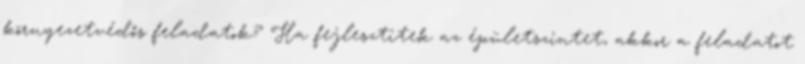
környezetvédős feladatok? Ha fejlesztitek az épületszintet, akkor a feladatot